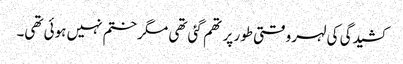
کشیدگی کی لہر وقتی طور پر تھم گئی تھی مگر ختم نہیں ہوئی تھی۔